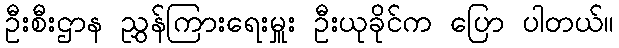
ဦးစီးဌာန ညွှန်ကြားရေးမှူး ဦးယုခိုင်က ပြော ပါတယ်။